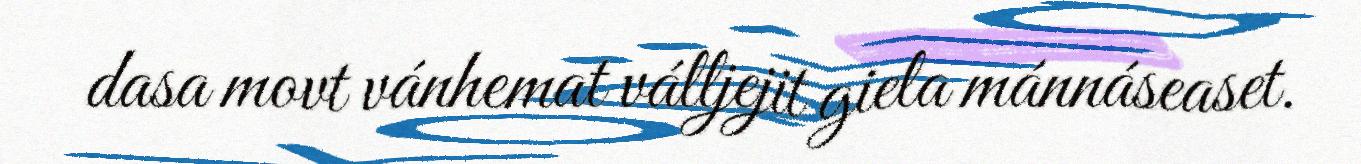
dasa movt vánhemat válljejit giela mánnáseaset.